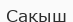
Сақыш